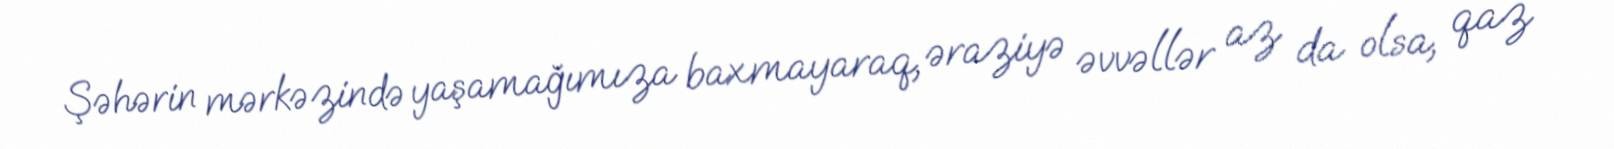
Şəhərin mərkəzində yaşamağımıza baxmayaraq, əraziyə əvvəllər az da olsa, qaz